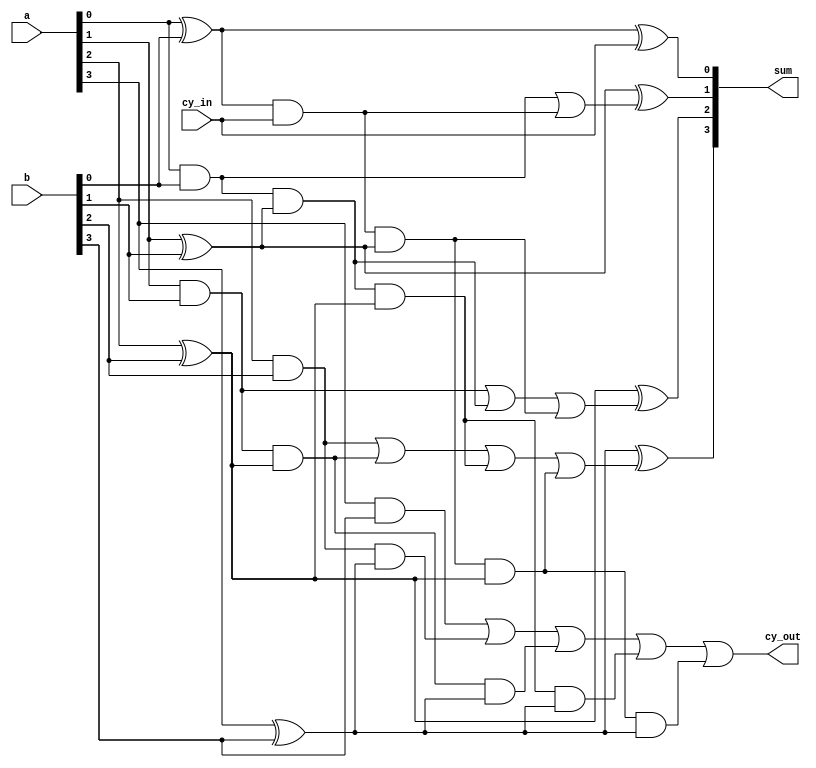
/*CLA*/
`timescale 1ns / 1ps
module carry_lookahead_adder(
    input [3:0] a,
    input [3:0] b,
    input cy_in,
    output [3:0] sum,
    output cy_out
    );
	 
	 wire [3:0] G;
	 wire [3:0] P;
	 wire [3:0] cout;
	 
	 assign G[0]=(a[0] & b[0]);
	 assign G[1]=(a[1] & b[1]);
	 assign G[2]=(a[2] & b[2]);
	 assign G[3]=(a[3] & b[3]);
	 	
	 assign P[0]=(a[0] ^ b[0]);
	 assign P[1]=(a[1] ^ b[1]);
	 assign P[2]=(a[2] ^ b[2]);
	 assign P[3]=(a[3] ^ b[3]);
	 
	 assign cout[0]=(G[0] | (P[0] & cy_in));
	 assign cout[1]=((G[1]) | (G[0] & P[1]) | (cy_in & P[0] & P[1]));
	 assign cout[2]=((G[2]) | (G[1] & P[2]) | (G[0] & P[1] & P[2]) | (cy_in & P[0] & P[1] & P[2]));
	 assign cout[3]=((G[3]) | (G[2] & P[3]) | (G[1] & P[2] & P[3]) | (G[0] & P[1] & P[2] & P[3]) | (cy_in & P[0] & P[1] & P[2] & P[3]));
	 
	 assign cy_out=cout[3];		//Final Carry

	//Calculating the sum using carry propagate and carry signals
	 assign sum[0]=P[0] ^ cy_in;	
	 assign sum[1]=P[1] ^ cout[0];		
	 assign sum[2]=P[2] ^ cout[1];		
	 assign sum[3]=P[3] ^ cout[2];		
endmodule